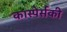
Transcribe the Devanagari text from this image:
कास्पेर्सकी